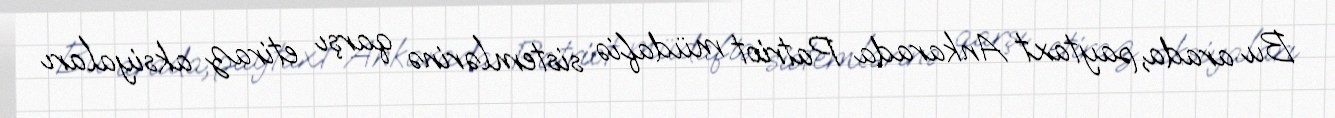
Bu arada, paytaxt Ankarada Patriot müdafiə sistemlərinə qarşı etiraz aksiyaları